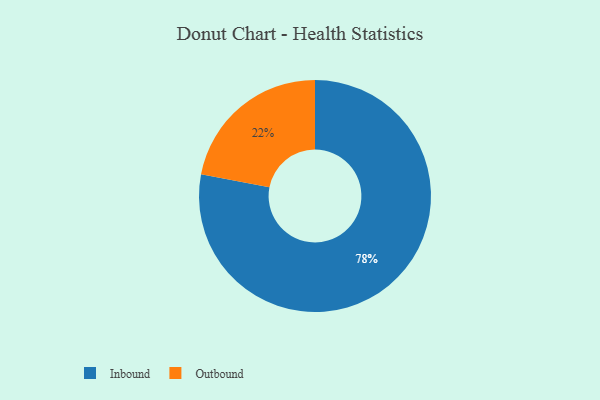
{"axis": {"x": "Category", "y": "Percentage"}, "legend": ["Inbound", "Outbound"], "data": [{"x": "Outbound", "y": 22, "type": "Outbound"}, {"x": "Inbound", "y": 78, "type": "Inbound"}]}